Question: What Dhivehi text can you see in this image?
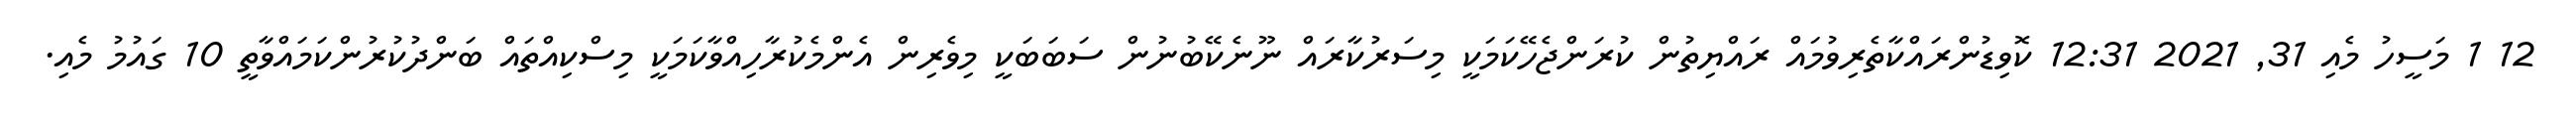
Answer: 12 1 މަސީހު މެއި 31, 2021 12:31 ކޮވިޑުންރައްކާތެރިވުމައް ރައްޔިތުން ކުރަންޖެހޭކަމަކީ މިސަރުކާރައް ނޫނެކޭބުނުން ސަބަބަކީ މިވެރިން އެންމެކުރާހިއްވާކަމަކީ މިސްކިއްތައް ބަންދުކުރުންކަމައްވާތީ 10 ގައުމު މެއި.